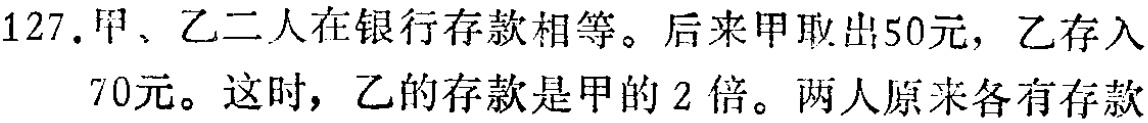
127. 甲、乙二人在银行存款相等。后来甲取出50元，乙存入
70元。这时，乙的存款是甲的2倍。两人原来各有存款